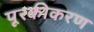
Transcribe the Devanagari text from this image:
पूरकीकरण